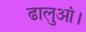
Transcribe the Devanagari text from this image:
ढालुआं।